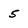
Character: 5